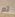
لم